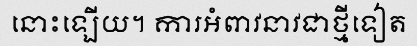
នោះឡើយ។ ការអំពាវនាវជាថ្មីទៀត